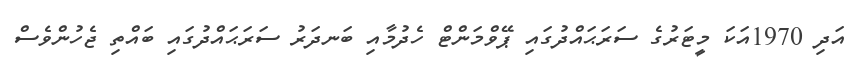
އަދި 1970އަކަ މީޓަރުގެ ސަރަޙައްދުގައި ޕޭވްމަންޓް ހެދުމާއި ބަނދަރު ސަރަޙައްދުގައި ބައްތި ޖެހުންވެސް